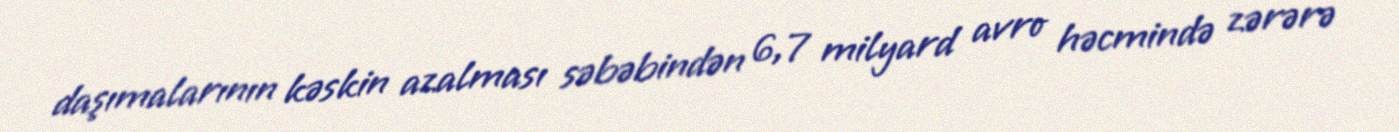
daşımalarının kəskin azalması səbəbindən 6,7 milyard avro həcmində zərərə